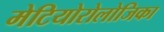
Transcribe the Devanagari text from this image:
मेटियोरोलोजिका